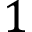
1